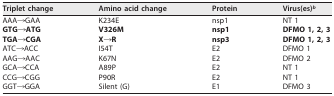
| Triplet change | Amino acid change | Protein | Virus(es)b |
 | --- | --- | --- | --- |
 | AAA→GAA | K234E | nsp1 | NT 1 |
 | GTG→ATG | V326M | nsp1 | DFMO 1, 2, 3 |
 | TGA→CGA | X→R | nsp3 | DFMO 1, 2, 3 |
 | ATC→ACC | I54T | E2 | DFMO 1 |
 | AAG→AAC | K67N | E2 | DFMO 2 |
 | GCA→CCA | A89P | E2 | NT 1 |
 | CCG→CGG | P90R | E2 | NT 1 |
 | GGT→GGA | Silent (G) | E1 | DFMO 3 |